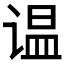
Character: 𲂑